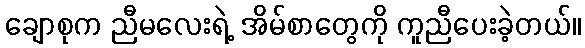
ချောစုက ညီမလေးရဲ့ အိမ်စာတွေကို ကူညီပေးခဲ့တယ်။